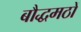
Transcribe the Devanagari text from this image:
बौद्धमठों